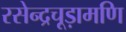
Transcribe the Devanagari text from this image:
रसेन्द्रचूड़ामणि